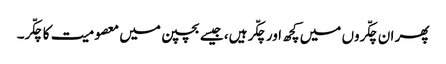
پھر ان چکّروں میں کچھ اور چکّر ہیں، جیسے بچپن میں معصومیت کا چکّر۔